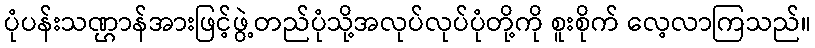
ပုံပန်းသဏ္ဌာန်အားဖြင့်ဖွဲ့တည်ပုံသို့အလုပ်လုပ်ပုံတို့ကို စူးစိုက် လေ့လာကြသည်။